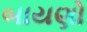
બાયણો